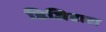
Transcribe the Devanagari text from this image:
डिजिटाटा